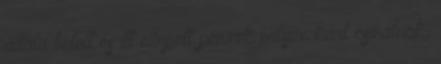
általa betolt és itt ellopott pénzek milyen kárt csinálnak,